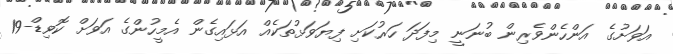
އަވަށުގެ އަންހެންވެރިން ބުނަނީ މިފަދަ ހަރުކަށި ފިޔަވަޅުތަކެއް އަޅައިގެން އެމީހުންގެ އަވަށް ކޮވިޑް-19